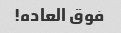
فوق العاده!